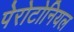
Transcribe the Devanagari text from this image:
पेरोटोनियल